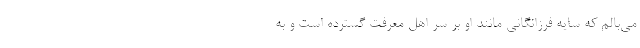
می‌بالم که سایه فرزانگانی مانند او بر سر اهل معرفت گسترده است و به